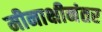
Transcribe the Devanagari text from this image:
मीनाक्षीनंतर